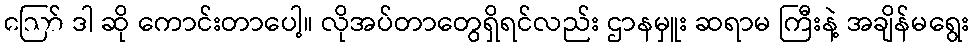
ဪ ဒါ ဆို ကောင်းတာပေါ့။ လိုအပ်တာတွေရှိရင်လည်း ဌာနမှူး ဆရာမ ကြီးနဲ့ အချိန်မရွေး